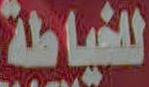
للخياطة